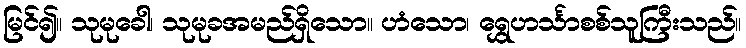
မြင်၍။ သုမုခေါ၊ သုမုခအမည်ရှိသော။ ဟံသော၊ ရွှေဟင်္သာစစ်သူကြီးသည်။